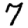
Digit: 7